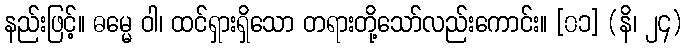
နည်းဖြင့်။ ဓမ္မေ ဝါ၊ ထင်ရှားရှိသော တရားတို့သော်လည်းကောင်း။ [၀၁] (နိ၊ ၂၄)